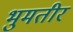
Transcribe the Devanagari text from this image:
भुमतीर